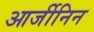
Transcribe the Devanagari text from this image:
आर्जीनिन